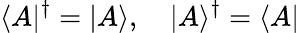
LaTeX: \langle A|^{\dagger}=|A\rangle,\quad|A\rangle^{\dagger}=\langle A|